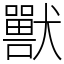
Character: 獸